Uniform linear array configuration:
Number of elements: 8
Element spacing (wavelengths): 0.5
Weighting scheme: uniform
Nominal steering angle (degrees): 45
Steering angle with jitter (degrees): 43.274
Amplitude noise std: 0.05
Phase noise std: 0.05

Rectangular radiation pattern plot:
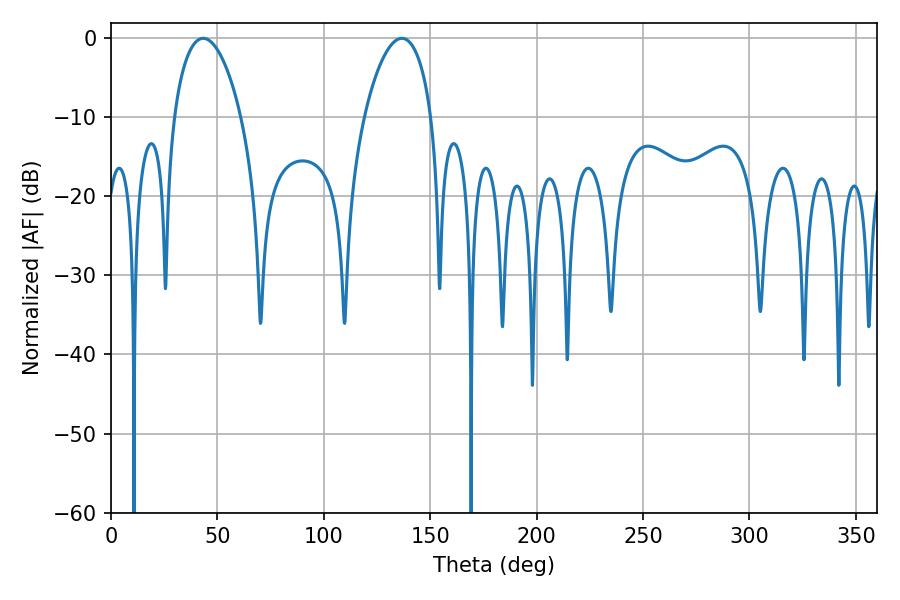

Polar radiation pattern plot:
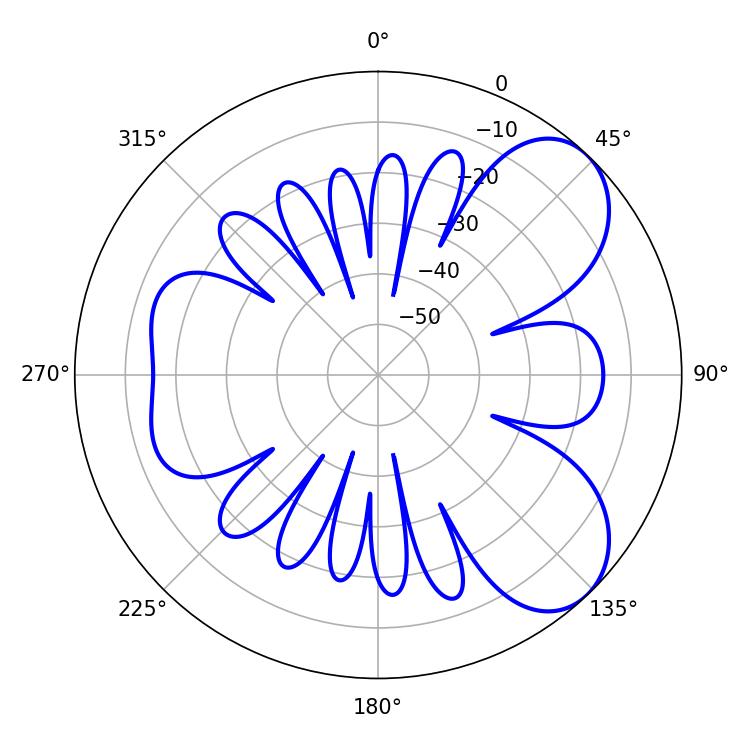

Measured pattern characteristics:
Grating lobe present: FALSE
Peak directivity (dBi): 6.709
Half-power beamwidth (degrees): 17.82
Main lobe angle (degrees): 43.38